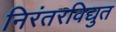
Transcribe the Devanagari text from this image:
निरंतरविद्युत